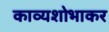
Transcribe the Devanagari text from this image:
काव्यशोभाकर